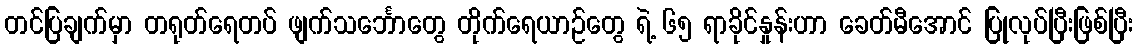
တင်ပြချက်မှာ တရုတ်ရေတပ် ဖျက်သင်္ဘောတွေ တိုက်ရေယာဉ်တွေ ရဲ့ ၆၅ ရာခိုင်နှုန်းဟာ ခေတ်မီအောင် ပြုလုပ်ပြီးဖြစ်ပြီး